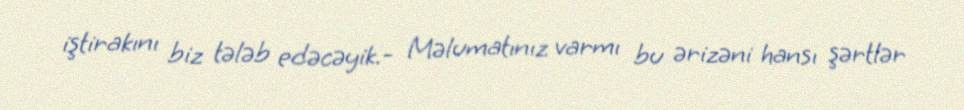
iştirakını biz tələb edəcəyik.- Məlumatınız varmı bu ərizəni hansı şərtlər